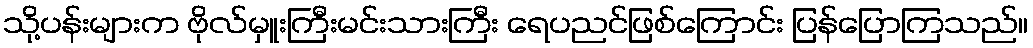
သို့ပန်းများက ဗိုလ်မှူးကြီးမင်းသားကြီး ရေပညင်ဖြစ်ကြောင်း ပြန်ပြောကြသည်။